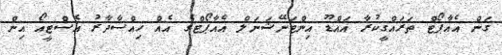
ގަން އެއާޕޯޓް ތަރައްގީކުރާ އައްޑޫ އިންޓަނޭޝަނަލް އެއާޕޯޓްގެ އެއް ހިއްސާދާރު އެސްޓީއޯ އިން